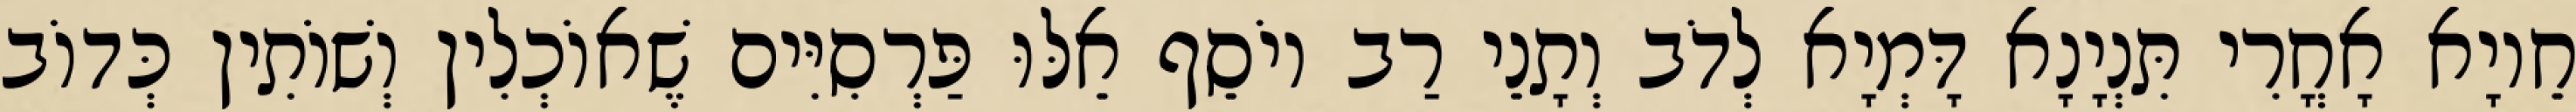
חֵיוָא אָחֳרִי תִּנְיָנָא דָּמְיָא לְדֹב וְתָנֵי רַב יוֹסֵף אֵלּוּ פַּרְסִיִּים שֶׁאוֹכְלִין וְשׁוֹתִין כְּדוֹב